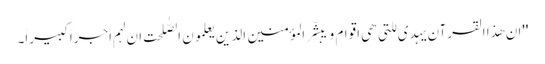
''ان ھذا القرآن یہدی للتی ھی اقوام و یبشّر المؤمنین الذین یعلمون الصّٰلحت ان لہم اجراً کبیراً۔